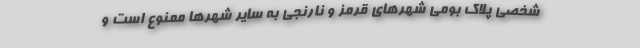
شخصیِ پلاک بومیِ شهر‌های قرمز و نارنجی به سایر شهر‌ها ممنوع است و